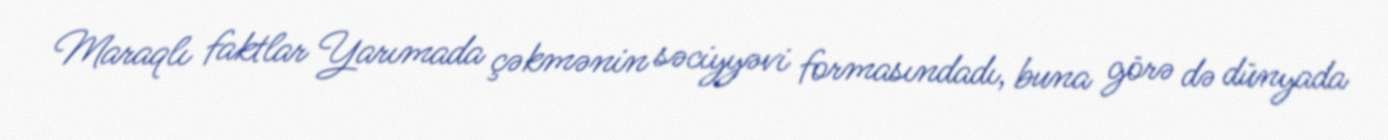
Maraqlı faktlar Yarımada çəkmənin səciyyəvi formasındadı, buna görə də dünyada